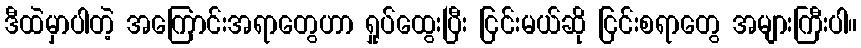
ဒီထဲမှာပါတဲ့ အကြောင်းအရာတွေဟာ ရှုပ်ထွေးပြီး ငြင်းမယ်ဆို ငြင်းစရာတွေ အများကြီးပါ။